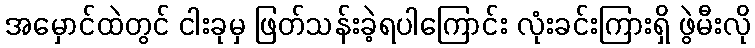
အမှောင်ထဲတွင် ငါးခုမှ ဖြတ်သန်းခဲ့ရပါကြောင်း လုံးခင်းကြားရှိ ဖွဲမီးလို